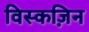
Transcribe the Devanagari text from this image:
विस्कज़िन